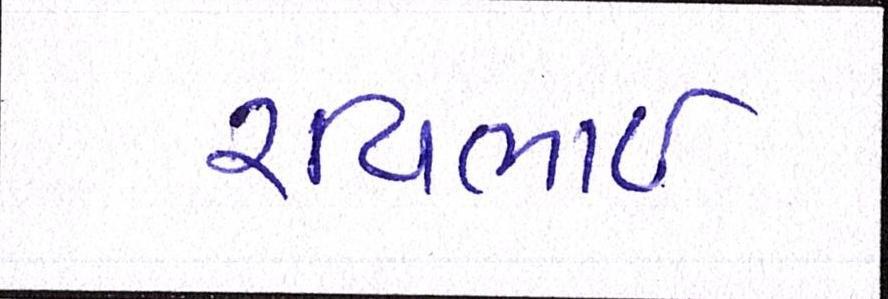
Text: રવિભાઇ